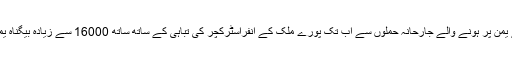
سعودی عرب کی جانب سے یمن پر ہونے والے جارحانہ حملوں سے اب تک پورے ملک کے انفراسٹرکچر کی تباہی کے ساتھ ساتھ 16000 سے زیادہ بیگناہ یمنی بھی مارے جا چکے ہیں۔